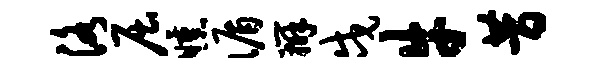
洛屈曛循辨戍牛昔